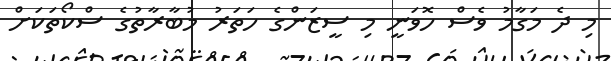
މި ދެ މަގާމު ވެސް ހޮވަނީ މި ސީޒަންގެ ހަތަރު މުބާރާތުގެ ސްކޯތަކަށް